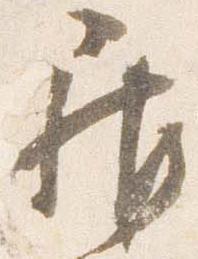
居